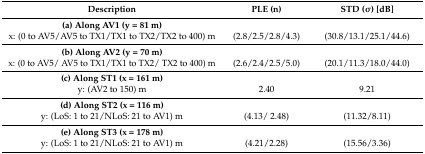
<table><thead><tr><td><b>Description</b></td><td><b>PLE (n)</b></td><td><b>STD (σ) [dB]</b></td></tr></thead><tbody><tr><td><b>(a) Along AV1 (y = 81 m)</b></td><td></td><td></td></tr><tr><td>x: (0 to AV5/AV5 to TX1/TX1 to TX2/TX2 to 400) m</td><td>(2.8/2.5/2.8/4.3)</td><td>(30.8/13.1/25.1/44.6)</td></tr><tr><td><b>(b) Along AV2 (y = 70 m)</b></td><td></td><td></td></tr><tr><td>x: (0 to AV5/ AV5 to TX1/TX1 to TX2/ TX2 to 400) m</td><td>(2.6/2.4/2.5/5.0)</td><td>(20.1/11.3/18.0/44.0)</td></tr><tr><td><b>(c) Along ST1 (x = 161 m)</b></td><td></td><td></td></tr><tr><td>y: (AV2 to 150) m</td><td>2.40</td><td>9.21</td></tr><tr><td><b>(d) Along ST2 (x = 116 m)</b></td><td></td><td></td></tr><tr><td>y: (LoS: 1 to 21/NLoS: 21 to AV1) m</td><td>(4.13/ 2.48)</td><td>(11.32/8.11)</td></tr><tr><td><b>(e) Along ST3 (x = 178 m)</b></td><td></td><td></td></tr><tr><td>y: (LoS: 1 to 21/NLoS: 21 to AV1) m</td><td>(4.21/2.28)</td><td>(15.56/3.36)</td></tr></tbody></table>